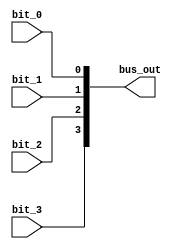
module bit_to_bus_4(
    input bit_3,
    input bit_2,
    input bit_1,
    input bit_0,
    output [3:0] bus_out
    );
    assign bus_out = {bit_3,bit_2,bit_1,bit_0};
endmodule